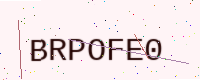
Text: BRPOFE0